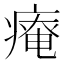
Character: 𤹃